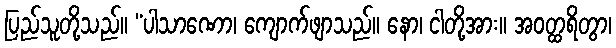
ပြည်သူတို့သည်။ “ပါသာဏော၊ ကျောက်ဖျာသည်။ နော၊ ငါတို့အား။ အဝတ္ထရိတွာ၊